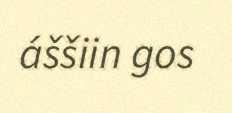
áššiin gos